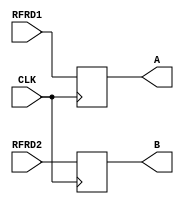
`timescale 1ns / 1ps

module RF_reg(RFRD1,RFRD2,A,B,CLK);
    input CLK;
    input [31:0] RFRD1,RFRD2;
    output reg [31:0] A,B;
	always @(posedge CLK)
	 begin
			A <= RFRD1;
			B <= RFRD2;
	end
endmodule